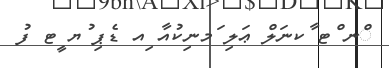
ްނ ްޓ ާކނަލް ޢަލި ަމނިކުއާ ިއ ޑެޕި ުޔ ީޓ ފު